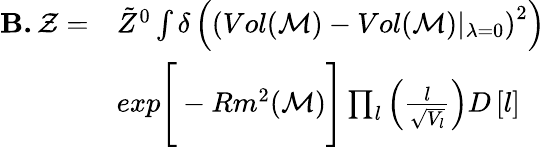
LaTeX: \begin{array}{rl}{\textbf{B.}\, \mathcal{Z}=}&{\tilde{Z}^{0}\int\delta\left(\left(Vol(\mathcal{M})-Vol(\mathcal{M})\vert_{\lambda=0}\right)^{2}\right)}\\ &{exp\Bigg[-Rm^{2}(\mathcal{M})\Bigg]\prod_{l}\left(\frac{l}{\sqrt{V_{l}}}\right)D\left[l\right]}\end{array}